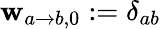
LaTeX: \mathbf{w}_{a\rightarrow b,0}:=\delta_{ab}